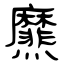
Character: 爢